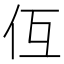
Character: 仾